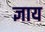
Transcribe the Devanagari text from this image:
ज्ञाय